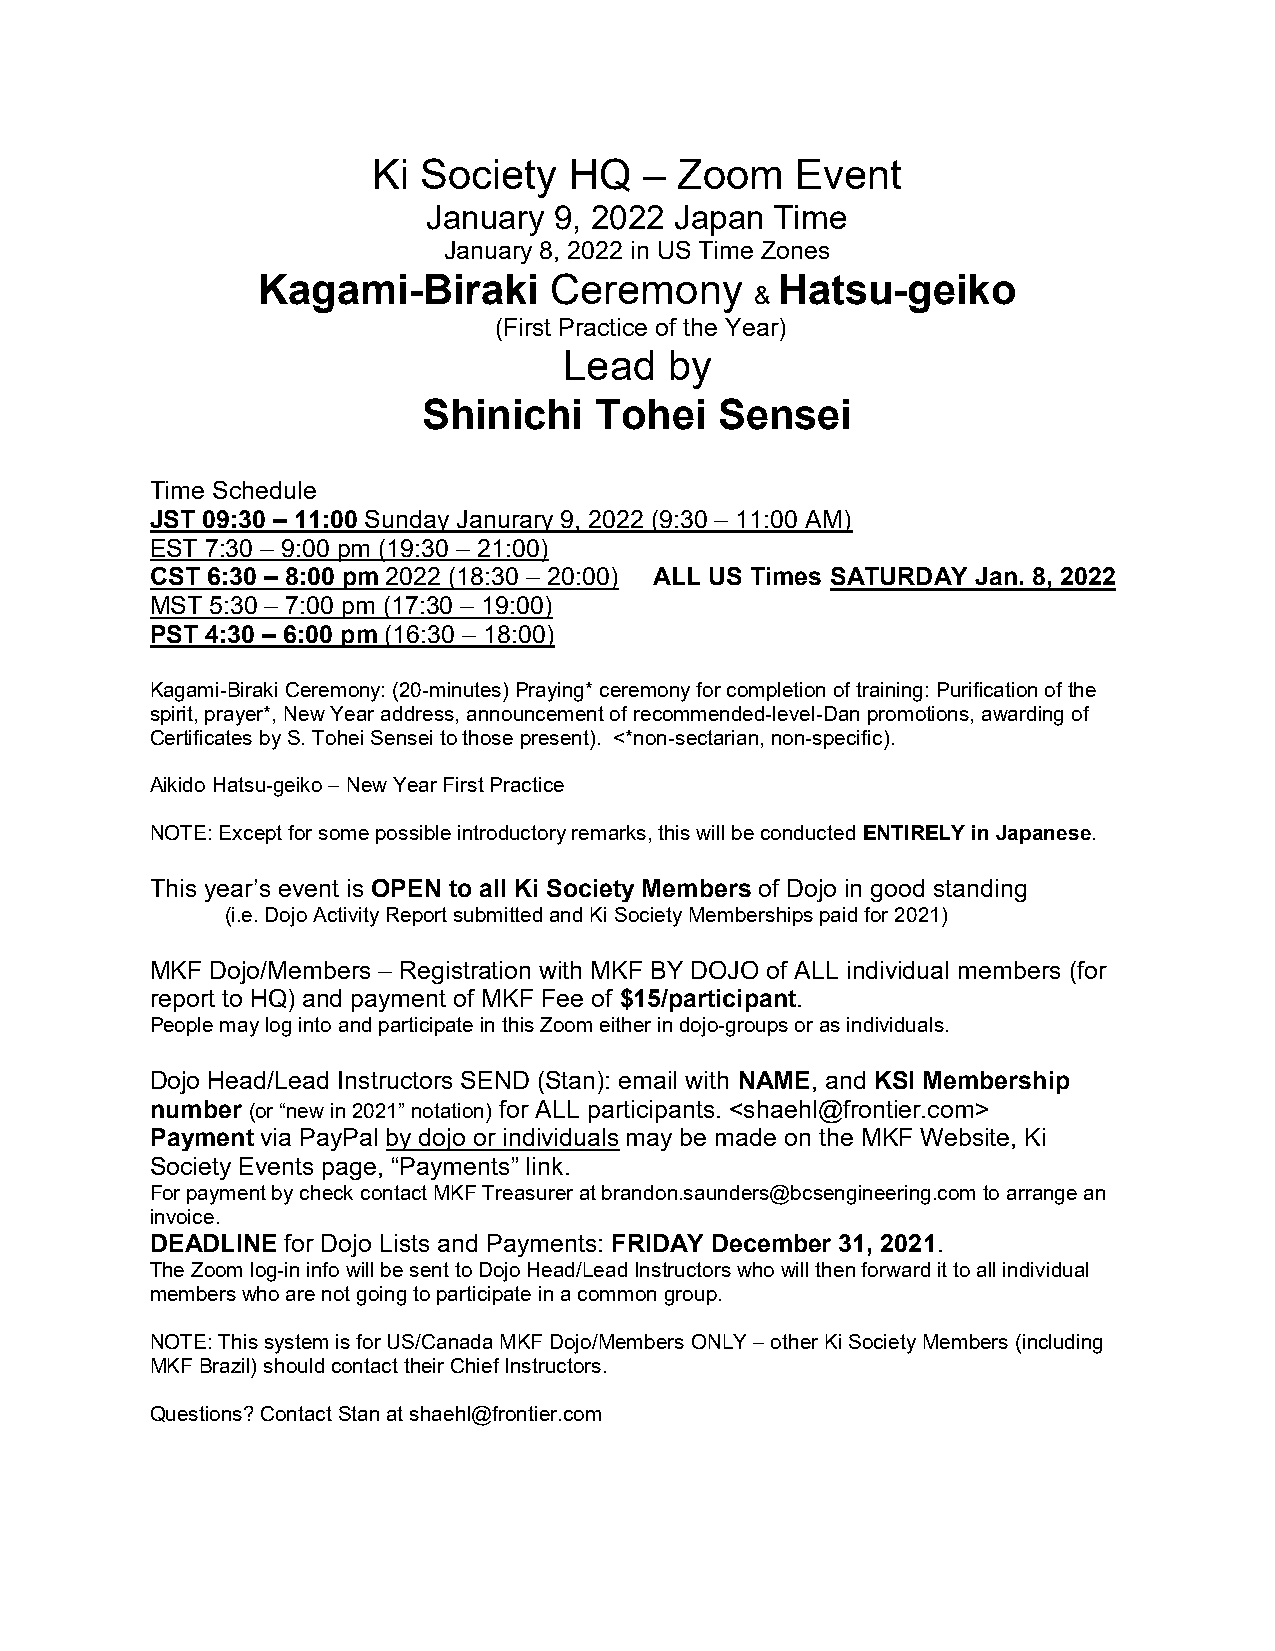
Ki Society   HQ   – Zoom    Event
 January  9, 2022 Japan Time
 January 8, 2022 in US Time Zones
 Kagami-Biraki      Ceremony       Hatsu-geiko
 &
 (First Practice of the Year)
 Lead   by
 Shinichi   Tohei    Sensei
 Time Schedule
 JST 09:30 – 11:00 Sunday Janurary 9, 2022 (9:30 – 11:00 AM)
 EST 7:30 – 9:00 pm (19:30 – 21:00)
 CST 6:30 – 8:00 pm 2022 (18:30 – 20:00) ALL US Times SATURDAY Jan. 8, 2022
 MST 5:30 – 7:00 pm (17:30 – 19:00)
 PST 4:30 – 6:00 pm (16:30 – 18:00)
 Kagami-Biraki Ceremony: (20-minutes) Praying* ceremony for completion of training: Purification of the
 spirit, prayer*, New Year address, announcement of recommended-level-Dan promotions, awarding of
 Certificates by S. Tohei Sensei to those present). <*non-sectarian, non-specific).
 Aikido Hatsu-geiko – New Year First Practice
 NOTE: Except for some possible introductory remarks, this will be conducted ENTIRELY in Japanese.
 This year’s event is OPEN to all Ki Society Members of Dojo in good standing
 (i.e. Dojo Activity Report submitted and Ki Society Memberships paid for 2021)
 MKF Dojo/Members – Registration with MKF BY DOJO of ALL individual members (for
 report to HQ) and payment of MKF Fee of $15/participant.
 People may log into and participate in this Zoom either in dojo-groups or as individuals.
 Dojo Head/Lead Instructors SEND (Stan): email with NAME, and KSI Membership
 number (or “new in 2021” notation) for ALL participants. <shaehl@frontier.com>
 Payment via PayPal by dojo or individuals may be made on the MKF Website, Ki
 Society Events page, “Payments” link.
 For payment by check contact MKF Treasurer at brandon.saunders@bcsengineering.com to arrange an
 invoice.
 DEADLINE for Dojo Lists and Payments: FRIDAY December 31, 2021.
 The Zoom log-in info will be sent to Dojo Head/Lead Instructors who will then forward it to all individual
 members who are not going to participate in a common group.
 NOTE: This system is for US/Canada MKF Dojo/Members ONLY – other Ki Society Members (including
 MKF Brazil) should contact their Chief Instructors.
 Questions? Contact Stan at shaehl@frontier.com